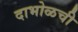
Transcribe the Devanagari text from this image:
दाभोळची